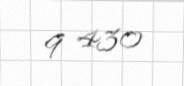
9 430